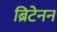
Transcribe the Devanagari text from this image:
ब्रिटेनन